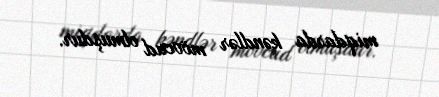
miqdarda kəndlər mövcud olmuşdur.